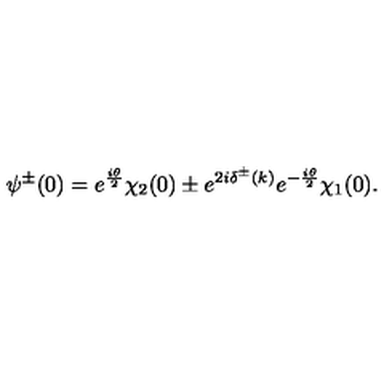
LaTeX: \psi ^ { \pm } ( 0 ) = e ^ { \frac { i \theta } { 2 } } \chi _ { 2 } ( 0 ) \pm e ^ { 2 i \delta ^ { \pm } ( k ) } e ^ { - \frac { i \theta } { 2 } } \chi _ { 1 } ( 0 ) .